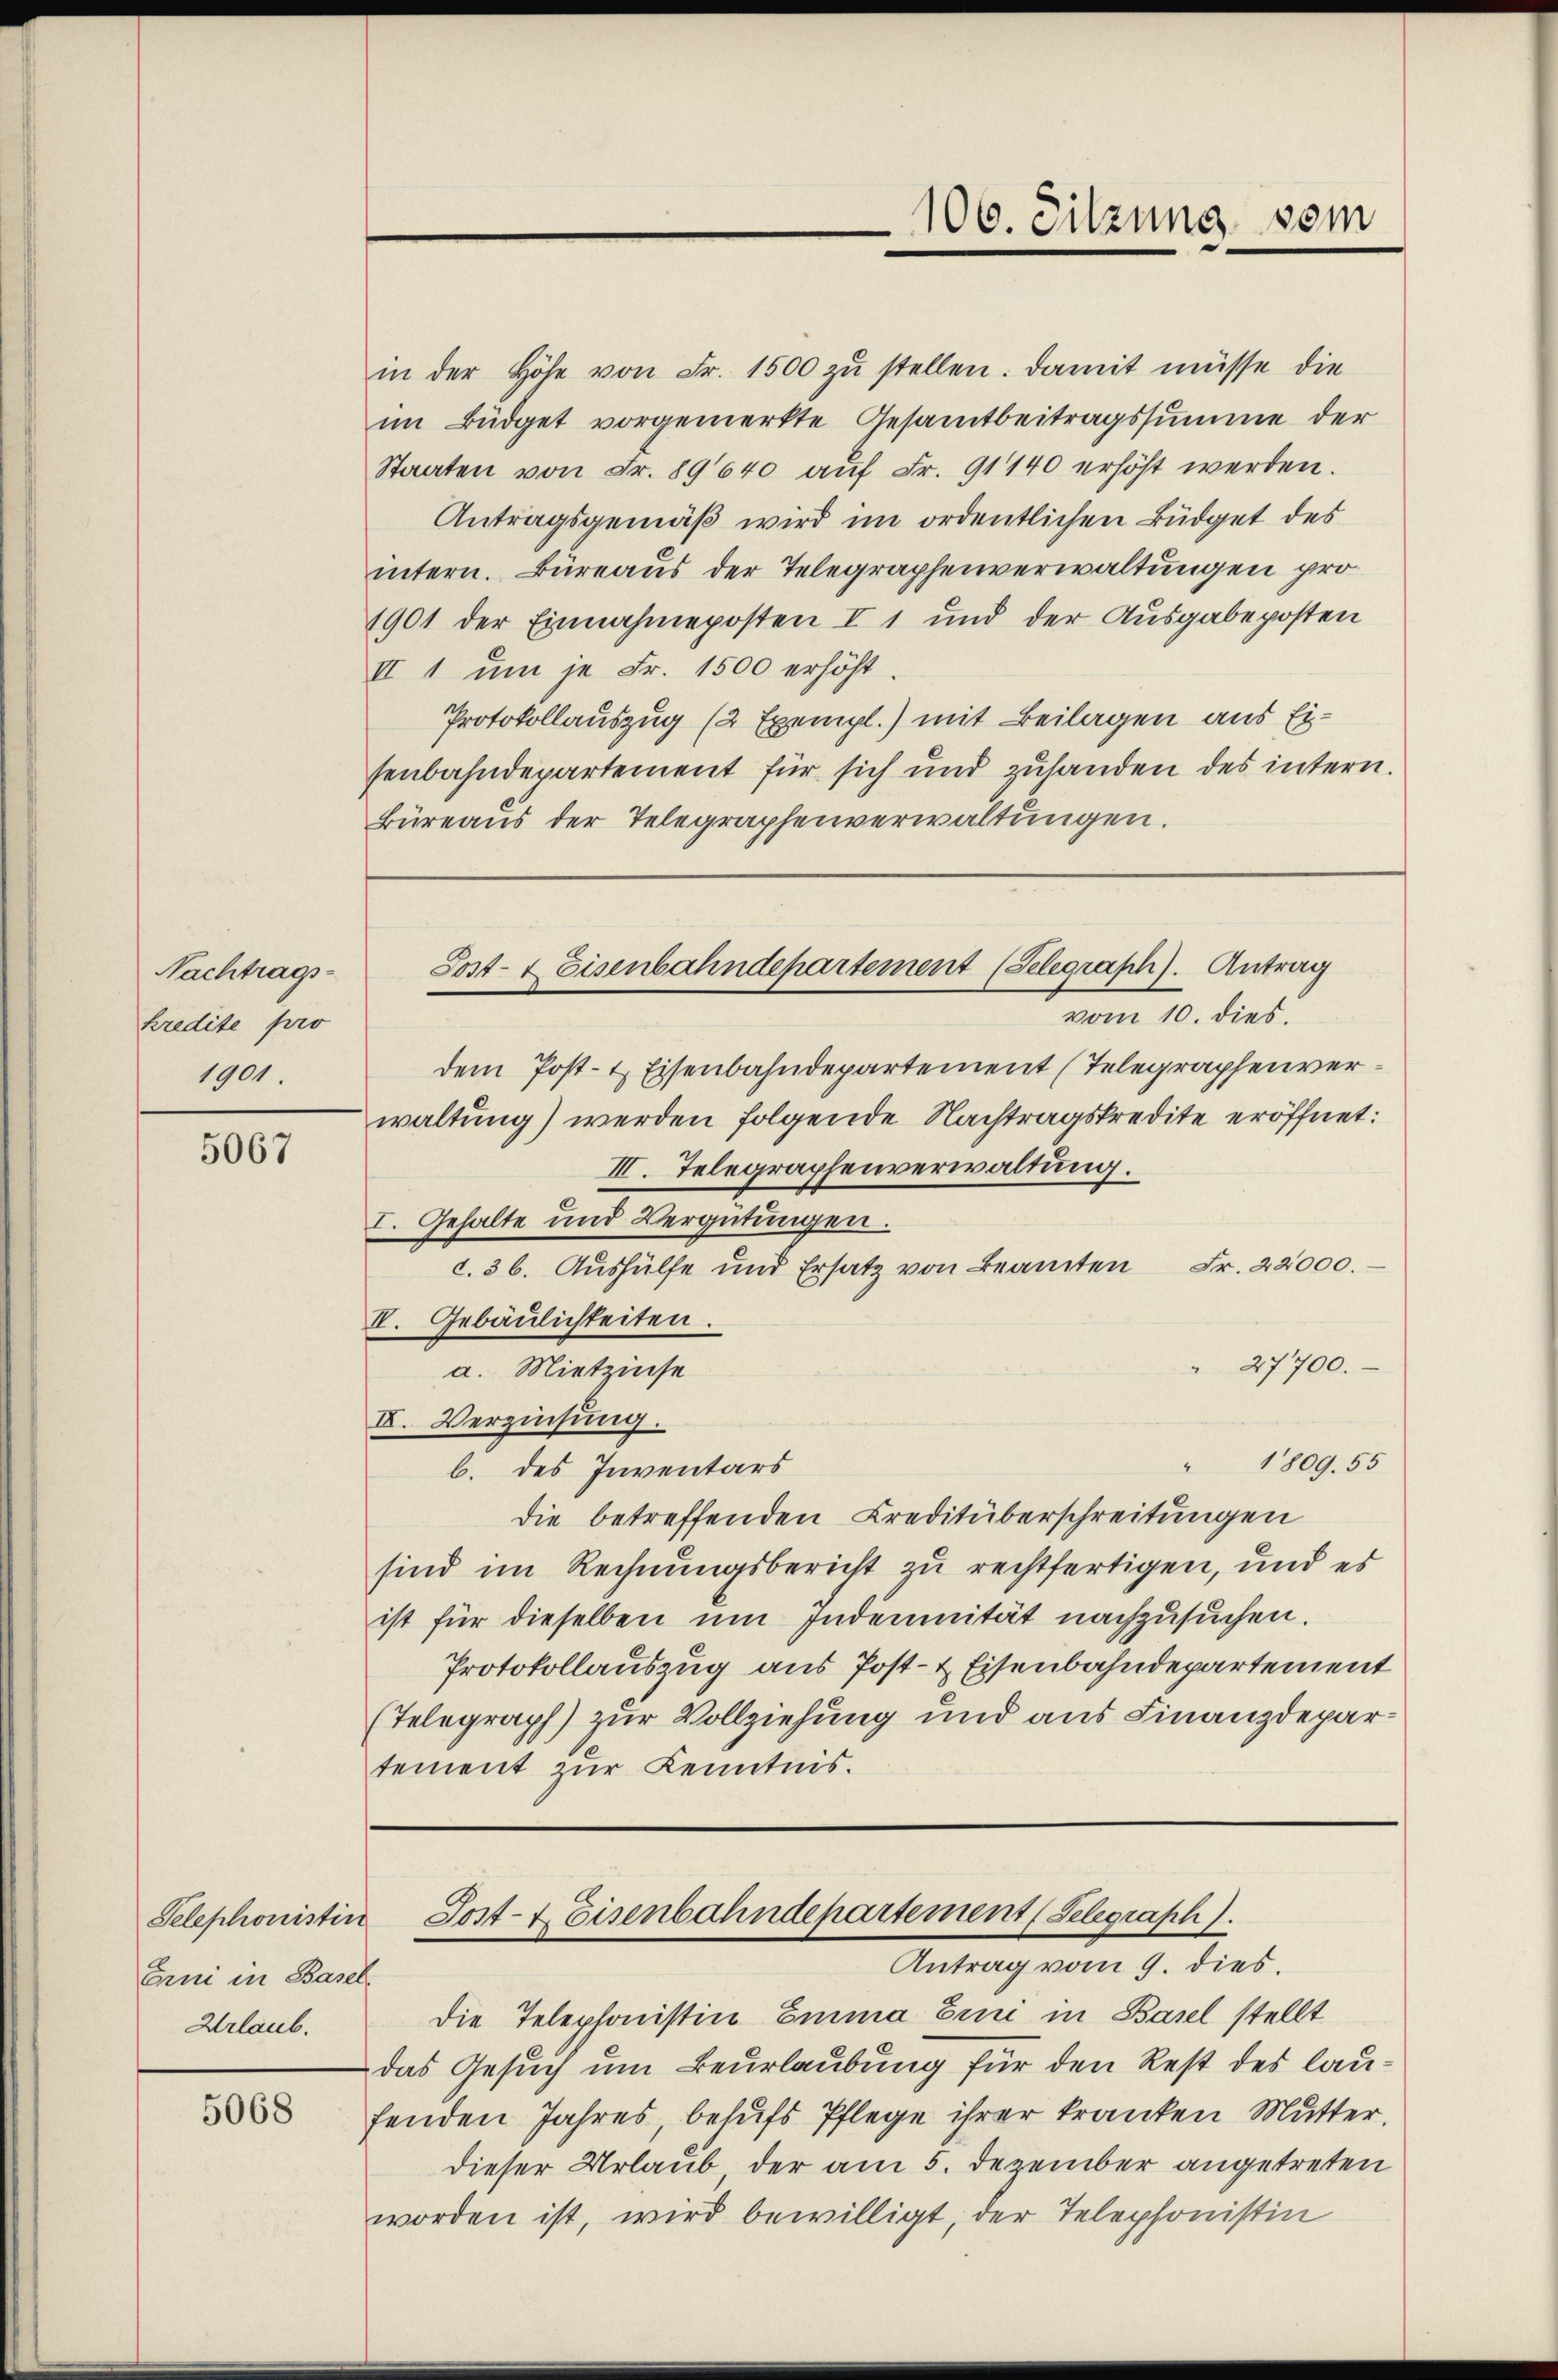
Nachtrags-
kredite pro
1901.

5067

Erni in Basel
Urlaub.

5068

in der Höhe von Fr. 1500 zŭ stellen. Damit müsse die
im Büdget vorgemerkte Gesamtbeitragssumme der
Staaten von Fr. 89640 aŭf Fr. 91140 erhöht werden.
Antragsgemäß wird im ordentlichen Büdget des
intern. Büreaus der Telegraphenverwaltungen pro¬
1901 der Einnahmeposten I 1 und der Ausgabeposten
II 1 um je Fr. 1500 erhöht
Protokollauszug (2 Exempl.) mit Beilagen aus Eisenbahndepartement für sich und zuhanden des intern.
Büreaus der Telegraphenverwaltungen.

106. Sitzung vom

Sost- & Eisenbahndepartement (Telegraph). Antrag

Telephonistin Post- & Eisenbahndepartement (Selegraph).
Antrag vom 9. dies

vom 10. dies
dem Post- & Eisenbahndepartement (Telegraphenverwaltung) werden folgende Nachtragskredite eröffnet:
III. Telegraphenverwaltung.
I. Gehalte und Vergütungen.
c. 36. Aushülfe und Ersatz von Beamten Fr. 22000.
II. Gebäulichkeiten.
27700.
a. Mietzinse
II. Verzinsung.
1809. 55
b. des Inventars
die betreffenden Creditüberschreitungen
sind im Rechnungsbericht zu rechtfertigen, und es
ist für dieselben um Indemnität nachzusuchen.
Protokollauszug aus Post- & Eisenbahndepartement
(Telegraph) zur Vollziehung und aus Finanzdepartement zur Kenntnis.

Die Telephonistin Emma Ein in Basel stellt
das Gesuch um Beurlaubung für den Rest des laufenden Jahres, behufs Pflege ihrer kranken Mutter.
dieser Urlaub, der am 5. Dezember angetreten
worden ist, wird bewilligt, der Telephonistin